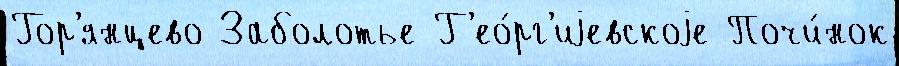
Гор'янцево Заболотье Г'ео́рг'иjевскоjе Почи́нок